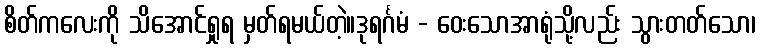
စိတ်ကလေးကို သိအောင်ရှုရ မှတ်ရမယ်တဲ့။ဒုရင်္ဂမံ - ဝေးသောအာရုံသို့လည်း သွားတတ်သော၊